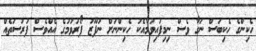
ހެކިންގެ ހެކިބަސް ނަގާ ވެސް ނިމިފައިވުމާއެކު ހެކިންނަށް ނުފޫޒު ފޯރުވުމުގެ އެއްވެސް ފުރުސަތެއް